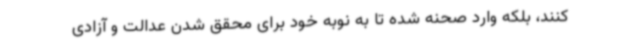
‌کنند، بلکه وارد صحنه شده تا به نوبه خود برای محقق شدن عدالت و آزادی